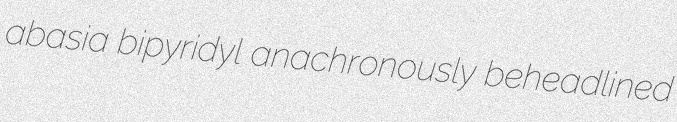
abasia bipyridyl anachronously beheadlined